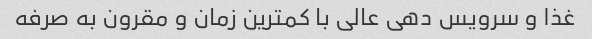
غذا و سرویس دهی عالی با کمترین زمان و مقرون به صرفه